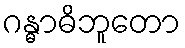
ဂန္ဓာဓိဘူတော